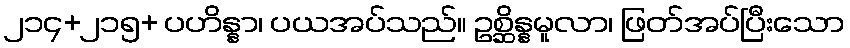
၂၁၄+၂၁၅+ ပဟိန္နာ၊ ပယအပ်သည်။ ဥစ္ဆိန္နမူလာ၊ ဖြတ်အပ်ပြီးသော